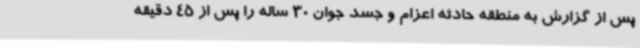
پس از گزارش به منطقه حادثه اعزام و جسد جوان 30 ساله را پس از 45 دقیقه